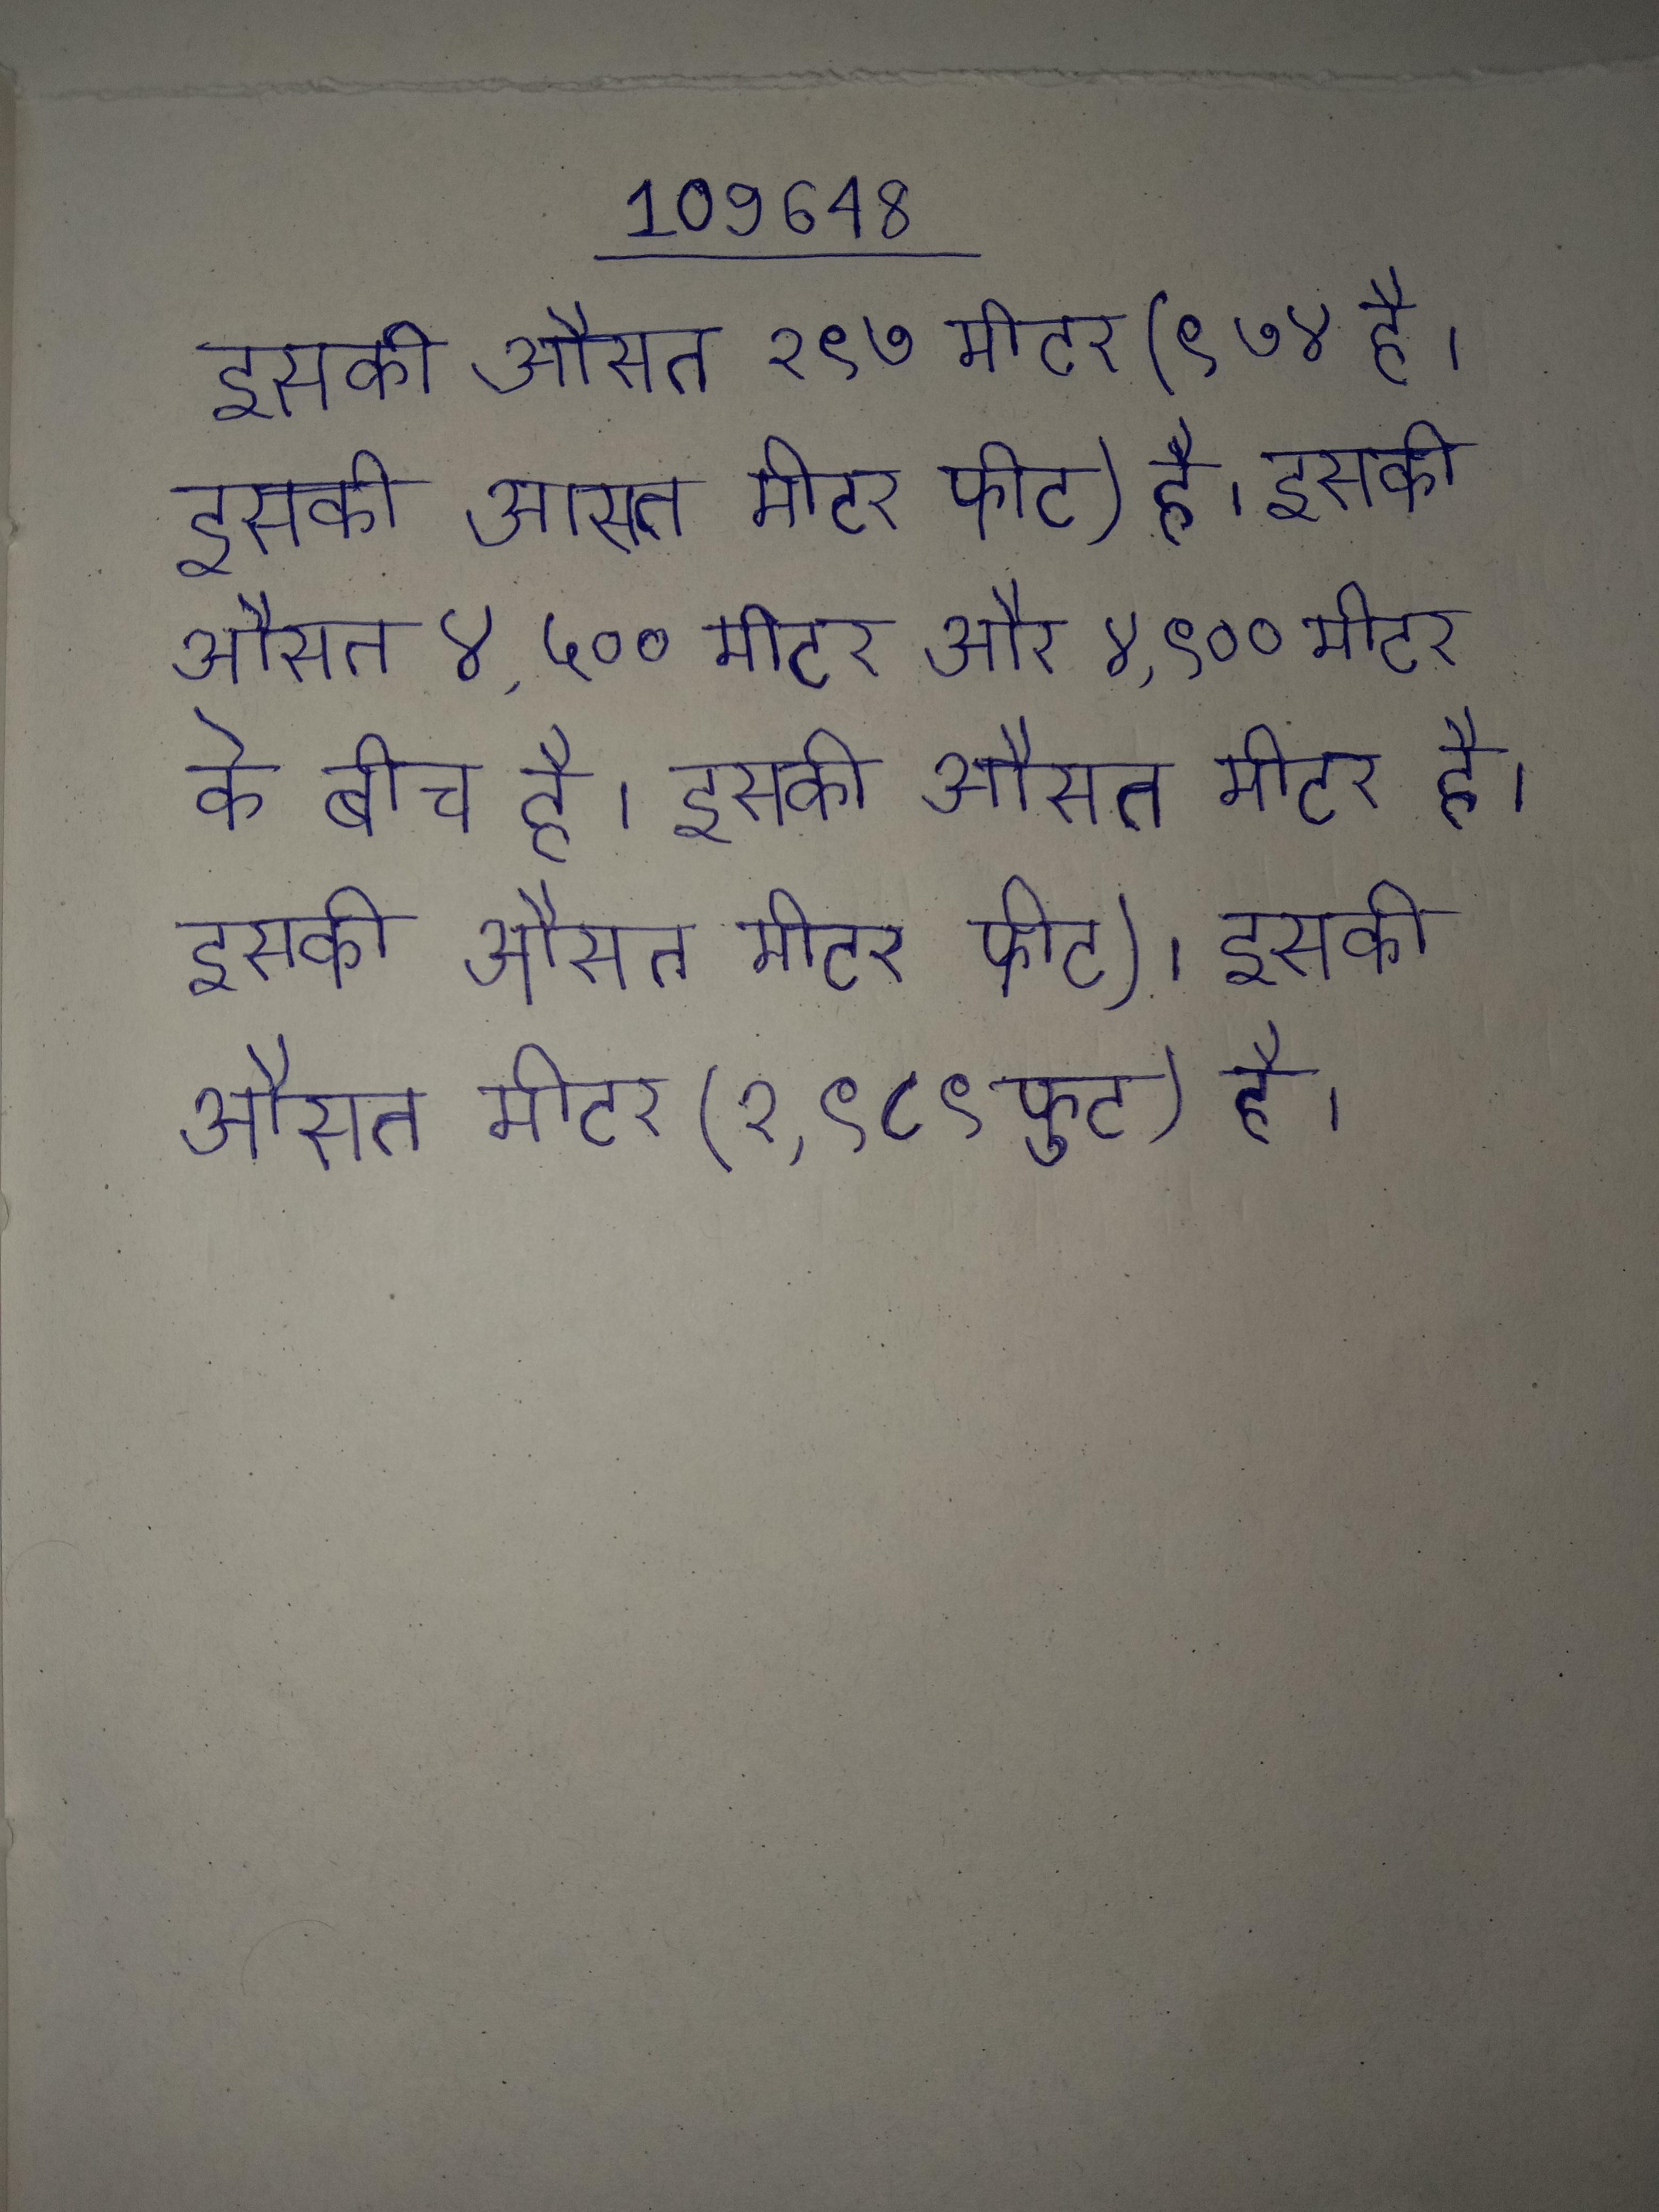
इसकी औसत २९७ मीटर (९७४ है । इसकी औसत मीटर फीट) है । इसकी औसत ४,५०० मीटर और ४,९०० मीटर के बीच है । इसकी औसत मीटर है । इसकी औसत मीटर फीट) । इसकी औसत मीटर (२,९८९ फुट) है ।